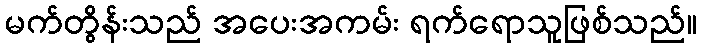
မက်တွိန်းသည် အပေးအကမ်း ရက်ရောသူဖြစ်သည်။